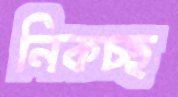
নিকচ্ছ